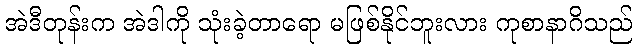
အဲဒီတုန်းက အဲဒါကို သုံးခဲ့တာရော မဖြစ်နိုင်ဘူးလား ကုစာနာဂိသည်